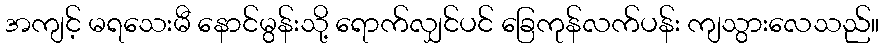
အကျင့် မရသေးမီ နောင်မွန်းသို့ ရောက်လျှင်ပင် ခြေကုန်လက်ပန်း ကျသွားလေသည်။